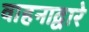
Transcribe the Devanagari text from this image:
वाहनाद्वारे